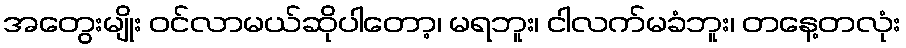
အတွေးမျိုး ဝင်လာမယ်ဆိုပါတော့၊ မရဘူး၊ ငါလက်မခံဘူး၊ တနေ့တလုံး